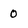
Character: 0